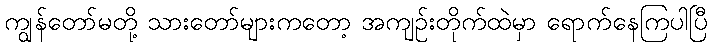
ကျွန်တော်မတို့ သားတော်များကတော့ အကျဉ်းတိုက်ထဲမှာ ရောက်နေကြပါပြီ